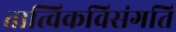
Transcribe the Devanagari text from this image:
तात्विकविसंगति